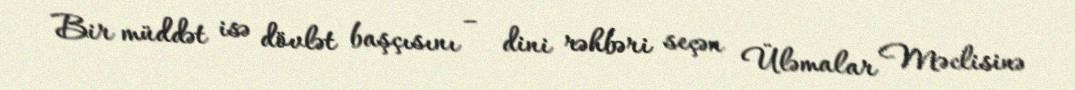
Bir müddət isə dövlət başçısını – dini rəhbəri seçən Üləmalar Məclisinə